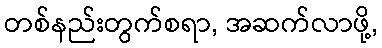
တစ်နည်းတွက်စရာ, အဆက်လာဖို့,